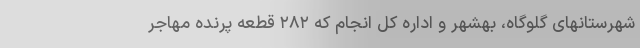
شهرستانهای گلوگاه، بهشهر و اداره کل انجام که ۲۸۲ قطعه پرنده مهاجر